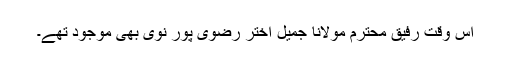
اس وقت رفیق محترم مولانا جمیل اختر رضوی پور نوی بھی موجود تھے۔